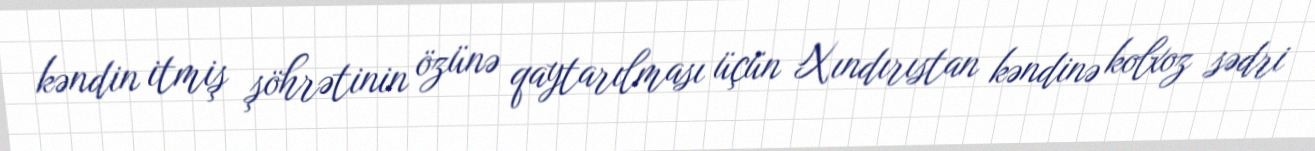
kəndin itmiş şöhrətinin özünə qaytarılması üçün Xındırıstan kəndinə kolxoz sədri